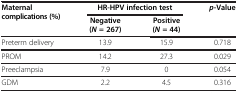
<table><thead><tr><td rowspan="2"><b>Maternal complications (%)</b></td><td colspan="2"><b>HR-HPV infection test</b></td><td rowspan="2"><b><i>p</i>-Value</b></td></tr><tr><td><b>Negative (<i>N </i>= 267)</b></td><td><b>Positive (<i>N </i>= 44)</b></td></tr></thead><tbody><tr><td>Preterm delivery</td><td>13.9</td><td>15.9</td><td>0.718</td></tr><tr><td>PROM</td><td>14.2</td><td>27.3</td><td>0.029</td></tr><tr><td>Preeclampsia</td><td>7.9</td><td>0</td><td>0.054</td></tr><tr><td>GDM</td><td>2.2</td><td>4.5</td><td>0.316</td></tr></tbody></table>